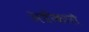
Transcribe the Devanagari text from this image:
अधीकारो